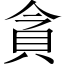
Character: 貪